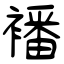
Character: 襎